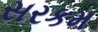
સરકમ